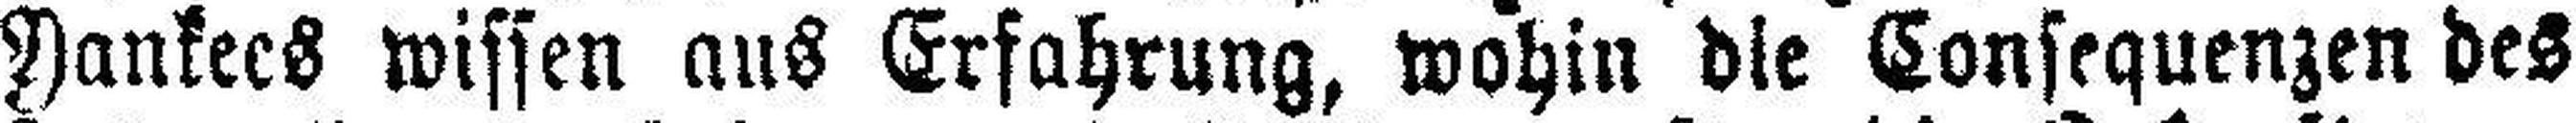
Yankees wissen aus Erfahrung, wohin die Consequenzen des